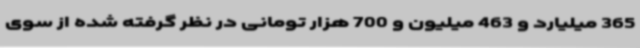
365 میلیارد و 463 میلیون و 700 هزار تومانی در نظر گرفته شده از سوی